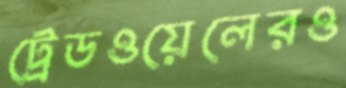
ট্রেডওয়েলেরও